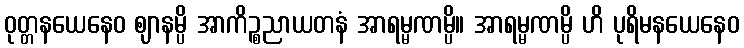
ဝုတ္တနယေနေဝ ဈာနမ္ပိ အာကိဉ္စညာယတနံ အာရမ္မဏမ္ပိ။ အာရမ္မဏမ္ပိ ဟိ ပုရိမနယေနေဝ